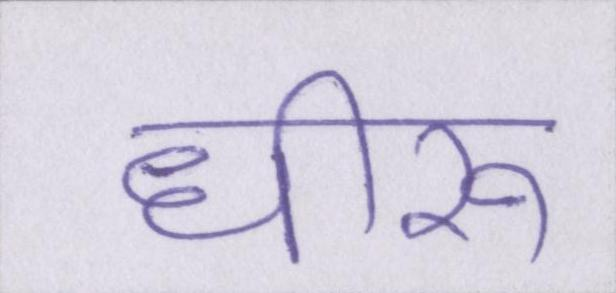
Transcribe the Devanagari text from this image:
धीरू